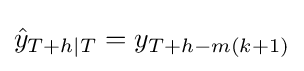
{\hat {y}}_{T+h|T}=y_{T+h-m(k+1)}